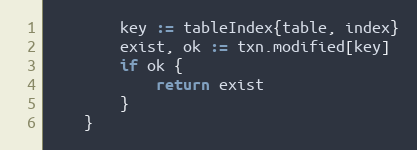
Language: Go
		key := tableIndex{table, index}
		exist, ok := txn.modified[key]
		if ok {
			return exist
		}
	}